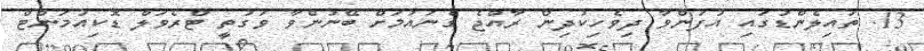
13. ތައިލެންޑުގައި އުފަންވާ ދިވެހިކުދިން ރާއްޖެ ގެނައުމަށް ބޭނުންވާ ވަގުތީ ޓްރެވަލް ޑޮކިއުމަންޓް